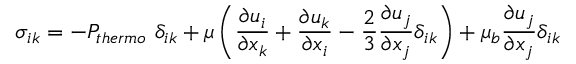
\sigma _ { i k } = - P _ { t h e r m o } ~ \delta _ { i k } + \mu \displaystyle \left( \frac { \partial u _ { i } } { \partial x _ { k } } + \frac { \partial u _ { k } } { \partial x _ { i } } - \frac { 2 } { 3 } \frac { \partial u _ { j } } { \partial x _ { j } } \delta _ { i k } \right) + \mu _ { b } \frac { \partial u _ { j } } { \partial x _ { j } } \delta _ { i k }